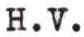
H.V.